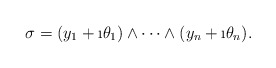
\begin{align*}\sigma=(y_1+\i \theta_1)\wedge\dots\wedge(y_n+\i \theta_n).\end{align*}